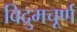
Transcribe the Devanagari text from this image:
विद्रुमचूर्ण